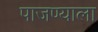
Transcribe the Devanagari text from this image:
पाजण्याला